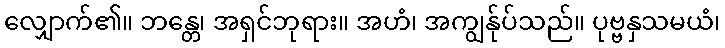
လျှောက်၏။ ဘန္တေ၊ အရှင်ဘုရား။ အဟံ၊ အကျွန်ုပ်သည်။ ပုဗ္ဗနှသမယံ၊